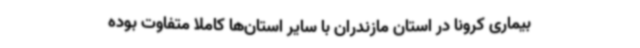
بیماری کرونا در استان مازندران با سایر استان‌ها کاملاً متفاوت بوده